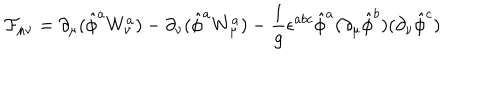
{ \cal F } _ { \mu \nu } = \partial _ { \mu } ( \hat { \phi } ^ { a } W _ { \nu } ^ { a } ) - \partial _ { \nu } ( \hat { \phi } ^ { a } W _ { \mu } ^ { a } ) - { \frac { 1 } { g } } \epsilon ^ { a b c } \hat { \phi } ^ { a } ( \partial _ { \mu } \hat { \phi } ^ { b } ) ( \partial _ { \nu } \hat { \phi } ^ { c } )